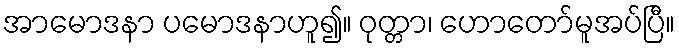
အာမောဒနာ ပမောဒနာဟူ၍။ ဝုတ္တာ၊ ဟောတော်မူအပ်ပြီ။